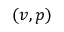
( v , p )